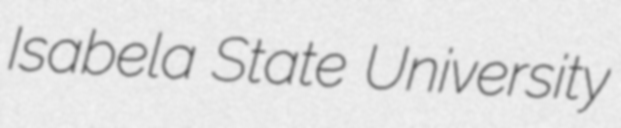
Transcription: Isabela State University